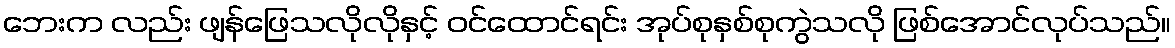
ဘေးက လည်း ဖျန်ဖြေသလိုလိုနှင့် ဝင်ထောင်ရင်း အုပ်စုနှစ်စုကွဲသလို ဖြစ်အောင်လုပ်သည်။